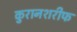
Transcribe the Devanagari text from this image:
कुरानशरीफ